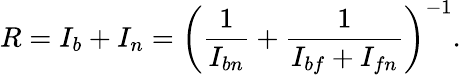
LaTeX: R=I_{b}+I_{n}=\left(\frac{1}{I_{bn}}+\frac{1}{I_{bf}+I_{fn}}\right)^{-1}.